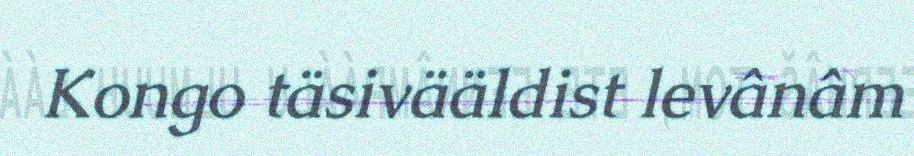
Kongo täsivääldist levânâm